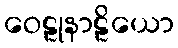
ဝေဠုနာဠိယော